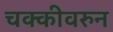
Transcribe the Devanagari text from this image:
चक्कीवरुन